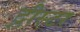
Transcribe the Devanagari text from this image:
द्नीस्टर